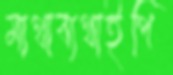
মাথাব্যথাইপি